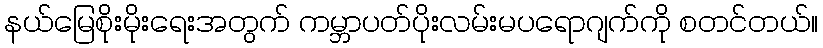
နယ်မြေစိုးမိုးရေးအတွက် ကမ္ဘာပတ်ပိုးလမ်းမပရောဂျက်ကို စတင်တယ်။